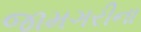
જામગરીના